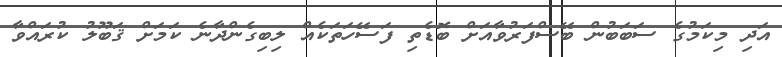
އަދި މިކަމުގެ ސަބަބުން ބޭސްފަރުވާއަށް ބޮޑެތި ފަސޭހަތަކެއް ލިބިގެންދާނެ ކަމަށް ޤަބޫލު ކުރައްވާ